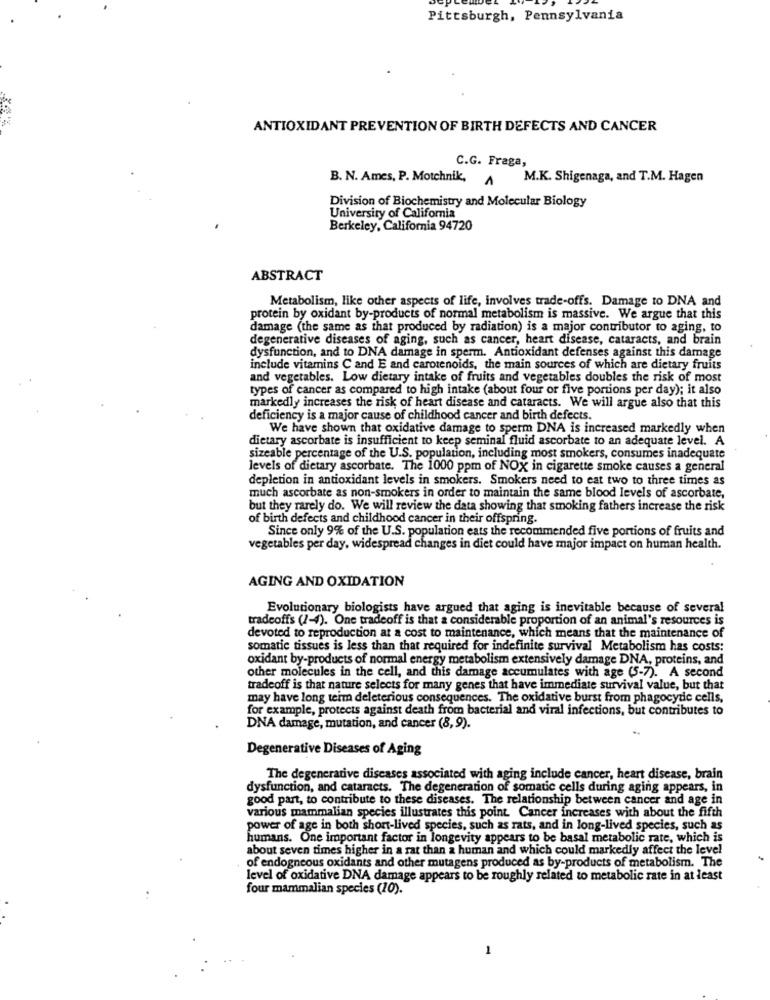
Pittsburgh, Pennsylvania
ANTIOXIDANT PREVENTION OF BIRTH DEFECTS AND CANCER
C.G. Fraga,
B. N. Ames, P. Motchnik,
A
M.K. Shigenaga, and T.M. Hagen
Division of Biochemistry and Molecular Biology
University of California
Berkeley, California 94720
ABSTRACT
Metabolism, like other aspects of life, involves trade-offs. Damage to DNA and
protein by oxidant by-products of normal metabolism is massive. We argue that this
damage (the same as that produced by radiation) is a major contributor to aging, to
degenerative diseases of aging, such as cancer, heart disease, cataracts, and brain
dysfunction, and to DNA damage in sperm. Antioxidant defenses against this damage
include vitamins C and E and carotenoids, the main sources of which are dietary fruits
and vegetables. Low dietary intake of fruits and vegetables doubles the risk of most
types of cancer as compared to high intake (about four or five portions per day); it also
markedly increases the risk of heart disease and cataracts. We will argue also that this
deficiency is a major cause of childhood cancer and birth defects.
We have shown that oxidative damage to sperm DNA is increased markedly when
dietary ascorbate is insufficient to keep seminal fluid ascorbate to an adequate level. A
sizeable percentage of the U.S. population, including most smokers, consumes inadequate
levels of dietary ascorbate. The 1000 ppm of NOX in cigarette smoke causes a general
depletion in antioxidant levels in smokers. Smokers need to eat two to three times as
much ascorbate as non-smokers in order to maintain the same blood levels of ascorbate,
but they rarely do. We will review the data showing that smoking fathers increase the risk
of birth defects and childhood cancer in their offspring.
Since only 9% of the U.S. population eats the recommended five portions of fruits and
vegetables per day, widespread changes in diet could have major impact on human health.
AGING AND OXIDATION
Evolutionary biologists have argued that aging is inevitable because of several
tradeoffs (1-4). One tradeoff is that a considerable proportion of an animal's resources is
devoted to reproduction at a cost to maintenance, which means that the maintenance of
somatie tissues is less than that required for indefinite survival Metabolism has costs:
oxidant by-products of normal energy metabolism extensively damage DNA, proteins, and
other molecules in the cell, and this damage accumulates with age (5-7). A second
tradeoff is that nature selects for many genes that have immediate survival value, but that
may have long term deleterious consequences. The oxidative burst from phagocyde cells,
for example, protects against death from bacterial and viral infections, but contributes to
DNA damage, mutation, and cancer (8, 9).
Degenerative Diseases of Aging
The degenerative diseases associated with aging include cancer, heart disease, brain
dysfunction, and cataracts. The degeneration of somatic cells during aging appears, in
good part, to contribute to these diseases. The relationship between cancer and age in
various mammalian species illustrates this point. Cancer increases with about the fifth
power of age in both short-lived species, such as rats, and in long-lived species, such as
humans. One important factor in longevity appears to be basal metabolic rate, which is
about seven times higher in a rat than a human and which could markedly affect the level
of endogneous oxidants and other mutagens produced as by-products of metabolism. The
level of oxidative DNA damage appears to be roughly related to metabolic rate in at least
four mammalian species (10).